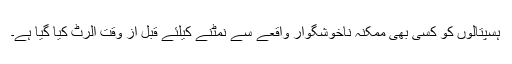
ہسپتالوں کو کسی بھی ممکنہ ناخوشگوار واقعے سے نمٹنے کیلئے قبل از وقت الرٹ کیا گیا ہے۔